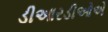
ડીઆરડીઓએ